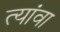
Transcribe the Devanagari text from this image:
त्यांवा